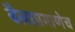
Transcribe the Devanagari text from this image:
बैलाप्रमाणेच